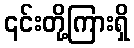
၎င်းတို့ကြားရှိ